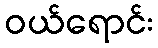
ဝယ်ရောင်း